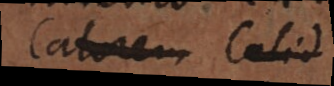
Calorem Calid